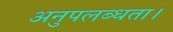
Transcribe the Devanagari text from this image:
अनुपलब्धता।